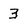
Character: 3